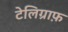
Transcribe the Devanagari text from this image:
टेलिग्राफ़